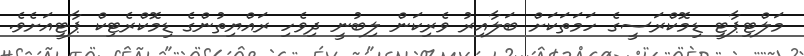
މަލްޓިޕާޓީ ޑިމޮކްރަސީގެ ހަމަތަކަށް ބަލާއިރު ވެރިކަން ލިބުނީ ދިވެހި ރައްޔިތުންގެ ޑިމޮކްރެޓިކް ޕާޓީއަށެވެ.